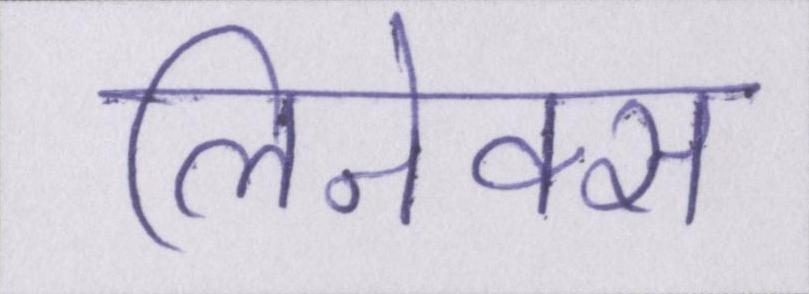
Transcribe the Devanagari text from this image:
लिनेक्स